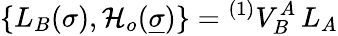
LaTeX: \{ L_{B}(\sigma),{\cal H}_{o}(\underline{{{\sigma}}})\} ={}^{(1)}V_{B}^{A}\, L_{A}